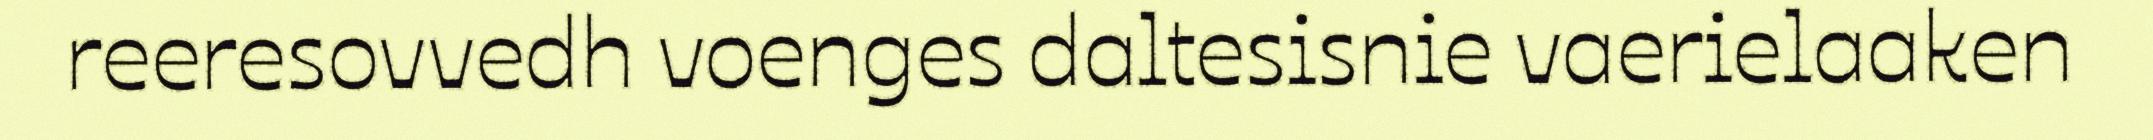
reeresovvedh voenges daltesisnie vaerielaaken